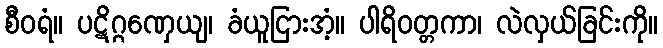
စီဝရံ။ ပဋိဂ္ဂဏှေယျ၊ ခံယူငြားအံ့။ ပါရိဝတ္တကာ၊ လဲလှယ်ခြင်းကို။